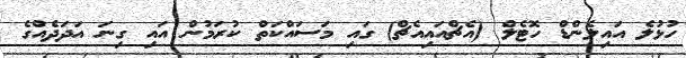
ހުޅުލެ އައިލެންޑް ހޮޓެލް (އެޗްއައިއެޗް) ގައި މަސައްކަތް ކުރަމުން އައި ގިނަ އަދަދެއްގެ